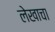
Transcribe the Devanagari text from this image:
लेेखाचा